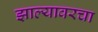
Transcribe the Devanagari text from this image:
झाल्यावरचा